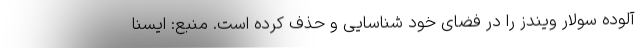
آلوده سولار ویندز را در فضای خود شناسایی و حذف کرده است. منبع: ایسنا